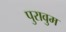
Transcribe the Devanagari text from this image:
पुरावुम